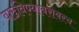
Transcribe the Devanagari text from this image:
वाढविण्याबरोबरच